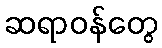
ဆရာဝန်တွေ